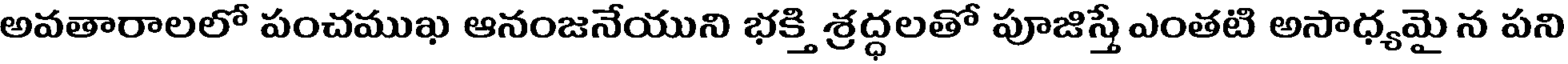
అవతారాలలో పంచముఖ ఆనంజనేయుని భక్తి శ్రద్ధలతో పూజిస్తే ఎంతటి అసాధ్యమై న పని